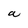
Character: a